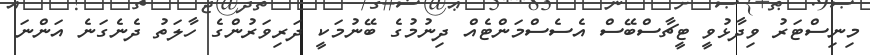
މިނިސްޓަރު ވިދާޅުވީ ޓީޗާސްބޭސް އެސެސްމަންޓެއް ދިނުމުގެ ބޭނުމަކީ ދަރިވަރުންގެ ހާލަތު ދެނެގަނެ އަންނަ